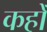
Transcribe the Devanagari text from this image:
कहोँ